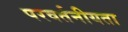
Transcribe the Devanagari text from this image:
परवर्तनीयता